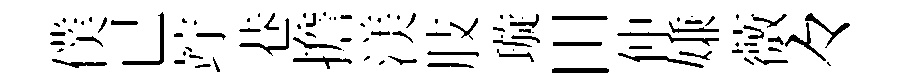
僕已竚巷擔渼肢璇田仲嫌薇々